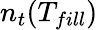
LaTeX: n_{t}(T_{fill})